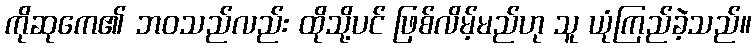
ကိုဆုကေ၏ ဘဝသည်လည်း ထိုသို့ပင် ဖြစ်လိမ့်မည်ဟု သူ ယုံကြည်ခဲ့သည်။